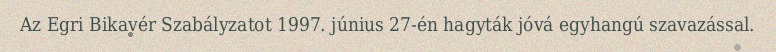
Az Egri Bikavér Szabályzatot 1997. június 27-én hagyták jóvá egyhangú szavazással.